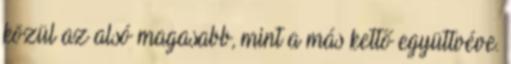
közül az alsó magasabb, mint a más kettő együttvéve.